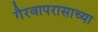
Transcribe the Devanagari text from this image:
गैरवापरासाच्या